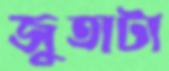
জুতাটা